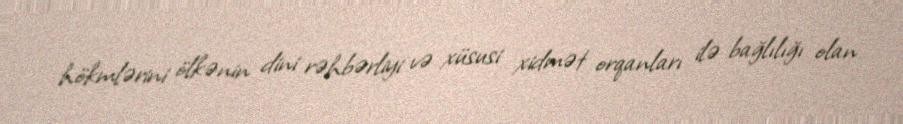
hökmlərini ölkənin dini rəhbərliyi və xüsusi xidmət orqanları ilə bağlılığı olan